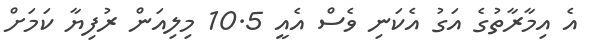
އެ އިމާރާތުގެ އަގު އެކަނި ވެސް އެއީ 10.5 މިލިއަން ރުފިޔާ ކަމަށް